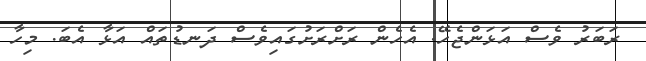
ރަބަރު ވެސް އަޅަންޖެހޭ. އެހެން ރަށްރަށުގައިވެސް ދަނޑުތައް އަޅާ އެބަ. މިހާ